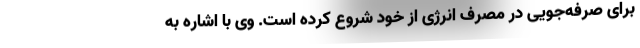
برای صرفه‌جویی در مصرف انرژی از خود شروع کرده است. وی با اشاره به